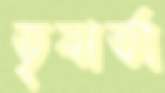
তৃষার্তা